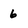
Character: 6